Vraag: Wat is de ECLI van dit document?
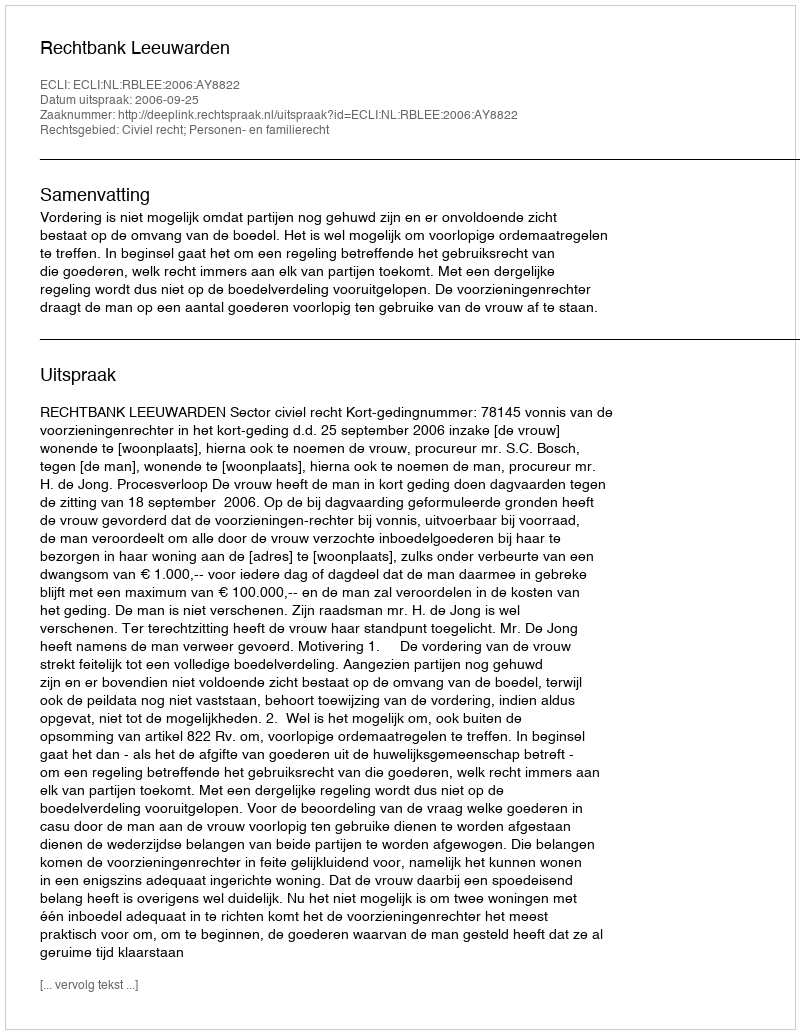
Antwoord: ECLI:NL:RBLEE:2006:AY8822